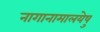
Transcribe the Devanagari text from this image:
नागानामालयेषु